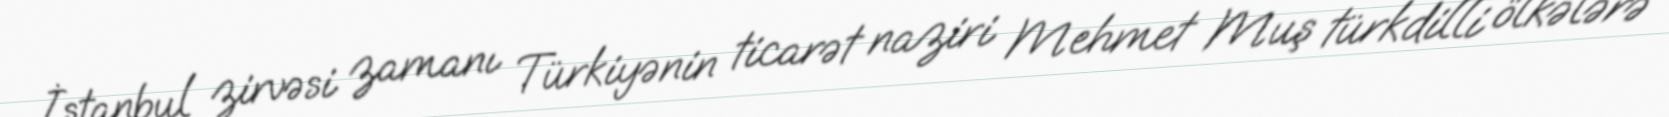
İstanbul zirvəsi zamanı Türkiyənin ticarət naziri Mehmet Muş türkdilli ölkələrə